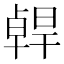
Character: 𠧄